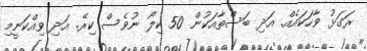
ރަގަޅު ވާހަކައެއް. އަދި ބަސްތާއަކުން 50 ކިލޯ ނުވެސް ކިރޭ. އަދި ވިއްކަނީމި